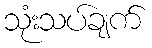
သုံးသပ်ချက်